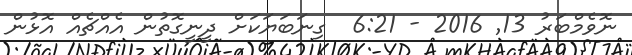
ނޮވެމްބަރު 13